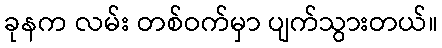
ခုနက လမ်း တစ်ဝက်မှာ ပျက်သွားတယ်။